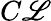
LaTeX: C\mathscr{L}